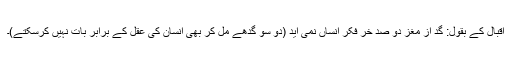
اقبال کے بقول: گد از مغزِ دو صد خر فکرِ انساں نمی آید (دو سو گدھے مل کر بھی انسان کی عقل کے برابر بات نہیں کرسکتے)۔